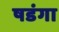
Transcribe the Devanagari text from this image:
षडंगा